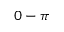
0 - \pi